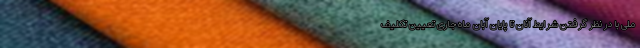
ملی با در نظر گرفتن شرایط آنان تا پایان آبان ماه جاری تعیین تکلیف